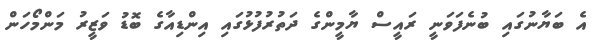
އެ ބަޔާނުގައި ބުނެފަވަނީ ރައީސް ޔާމީންގެ ދަތުރުފުޅުގައި އިންޑިއާގެ ބޮޑު ވަޒީރު މަންމޯހަން